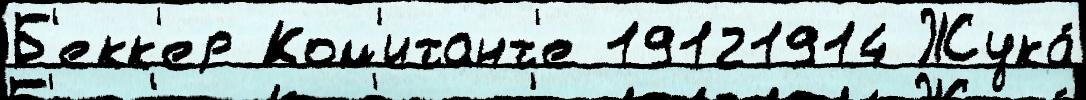
Б'екк'ер Ком'итант'е 19121914 Жука́